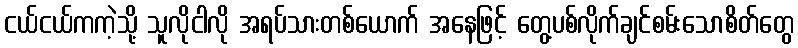
ငယ်ငယ်ကကဲ့သို့ သူလိုငါလို အရပ်သားတစ်ယောက် အနေဖြင့် တွေ့ပစ်လိုက်ချင်စမ်းသောစိတ်တွေ